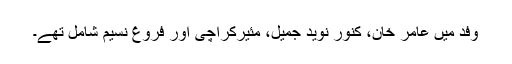
وفد میں عامر خان، کنور نوید جمیل، مئیرکراچی اور فروغ نسیم شامل تھے۔